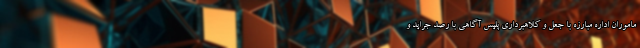
ماموران اداره مبارزه با جعل و کلاهبرداری پلیس آگاهی با رصد جراید و